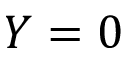
Y = 0